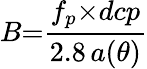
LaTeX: B{=}\frac{f_{p}{\times}dcp}{2.8\, a({\theta})}